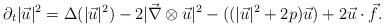
LaTeX: \begin{align*}\partial_t\vert\vec u\vert^2= \Delta(\vert \vec u\vert^2)-2\vert\vec\nabla\otimes\vec u\vert^2-((\vert \vec u\vert^2+2p)\vec u)+2\vec u\cdot\vec f.\end{align*}